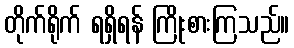
တိုက်ရိုက် ရရှိရန် ကြိုးစားကြသည်။